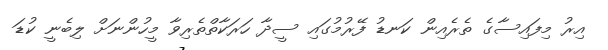
އިރު މިފައިސާގެ ތެރެއިން ކަނޑު ފޭރުމުގައި ސީދާ ހަރަކާތްތެރިވާ މީހުންނަށް ލިބެނީ ކުޑަ